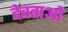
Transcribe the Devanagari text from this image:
देवताओं